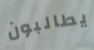
يطالبون